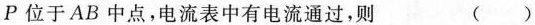
P位于AB中点，电流表中有电流通过，则 ( )